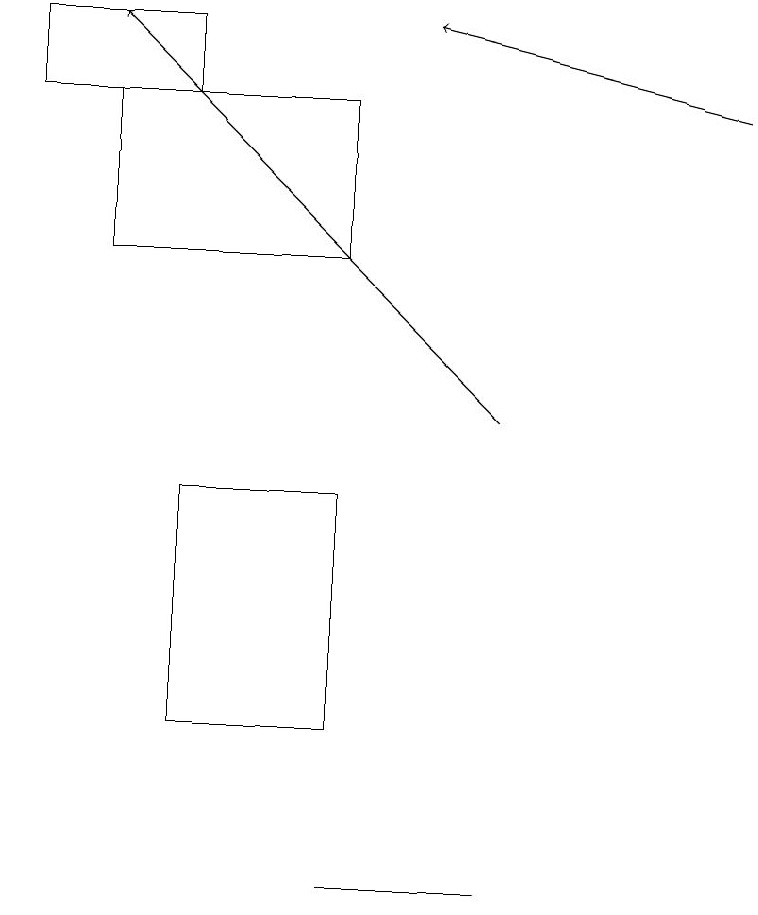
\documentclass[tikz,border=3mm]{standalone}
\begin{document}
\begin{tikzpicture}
\draw[->] (6,14) -- (1,19);
\draw (6,8) -- (5,8) -- (4,8) -- cycle;
\draw (2,18) rectangle (0,19);
\draw (1,18) rectangle (4,16);
\draw (4,13) rectangle (2,10);
\draw[->] (9,18) -- (5,19);
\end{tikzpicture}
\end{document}